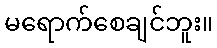
မရောက်စေချင်ဘူး။